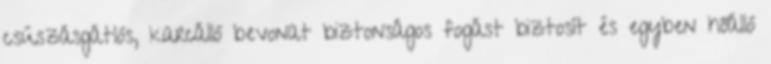
csúszásgátlós, karcálló bevonat biztonságos fogást biztosít és egyben hőálló